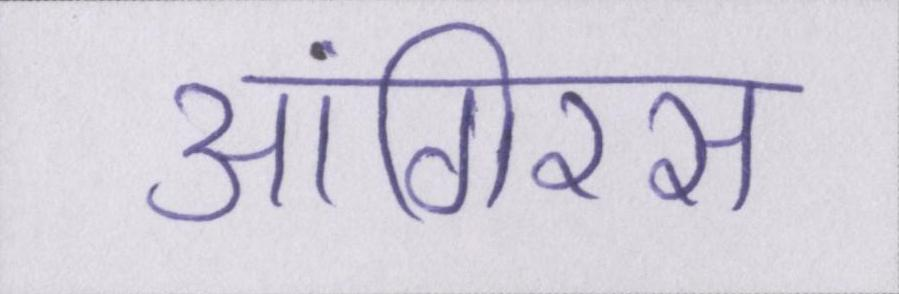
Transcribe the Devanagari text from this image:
आंगिरस